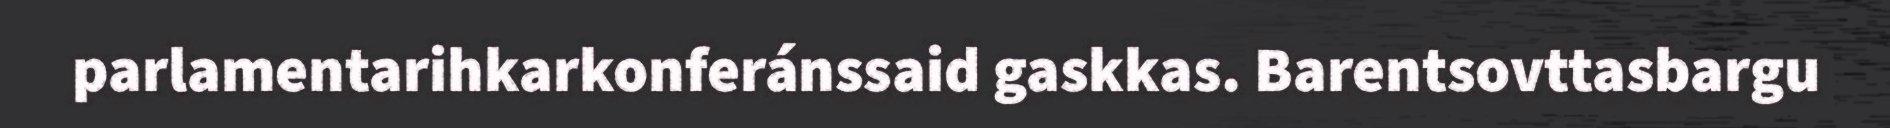
parlamentarihkarkonferánssaid gaskkas. Barentsovttasbargu